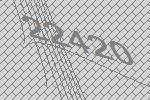
22420